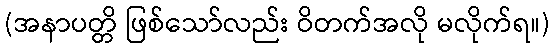
(အနာပတ္တိ ဖြစ်သော်လည်း ဝိတက်အလို မလိုက်ရ။)